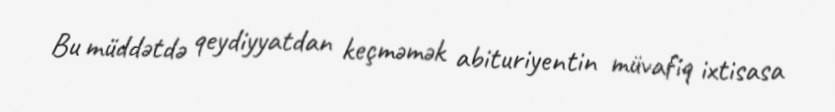
Bu müddətdə qeydiyyatdan keçməmək abituriyentin müvafiq ixtisasa